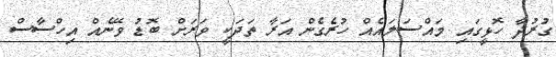
ގުރުދާ ހޮޅީގައި މައްސަލައެއް ހުރެގެން އަރާ ތަދަކީ ވަރަށް ބޮޑު ވޭނެއް އިހްސާސް